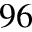
^ { 9 6 }